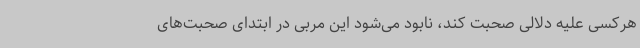
هرکسی علیه دلالی صحبت کند، نابود می‌شود این مربی در ابتدای صحبت‌های